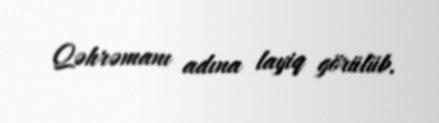
Qəhrəmanı adına layiq görülüb.